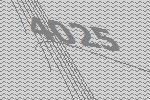
4025